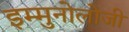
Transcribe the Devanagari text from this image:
इम्मुनोलोजी